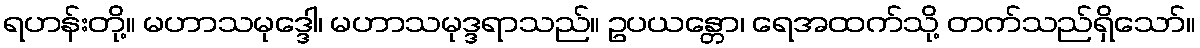
ရဟန်းတို့။ မဟာသမုဒ္ဒေါ၊ မဟာသမုဒ္ဒရာသည်။ ဥပယန္တော၊ ရေအထက်သို့ တက်သည်ရှိသော်။